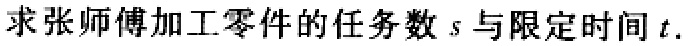
求张师傅加工零件的任务数\(s\)与限定时间\(t\).